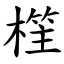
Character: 樦